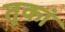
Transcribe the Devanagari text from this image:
तृकां